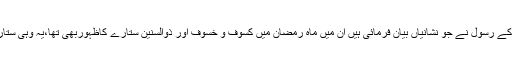
آنے والے مسیح موعود کے لیے اللہ تعالیٰ اور اس کے رسولؐ نے جو نشانیاں بیان فرمائی ہیں ان میں ماہ رمضان میں کسوف و خسوف اور ذُوالسّنین ستارے کاظہوربھی تھا،یہ وہی ستارہ ہے جو مسیح ناصری کے ایام میں طلوع ہوا تھا۔